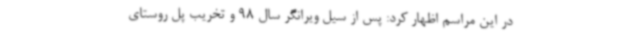
در این مراسم اظهار کرد: پس از سیل ویرانگر سال 98 و تخریب پل روستای